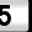
Digit: 5